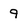
Character: 9